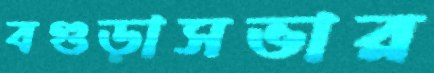
বগুড়াসভার